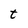
Character: t